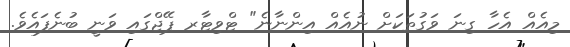
މިއެއް އެހާ ގިނަ ވަގުތަކަށް ނުއެއް އިންނާނެ" ޓްވިޓާރ ޕޭޖްގައި ވަނީ ބުނެފައެވެ.